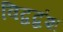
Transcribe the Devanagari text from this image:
विद्वद्वंश